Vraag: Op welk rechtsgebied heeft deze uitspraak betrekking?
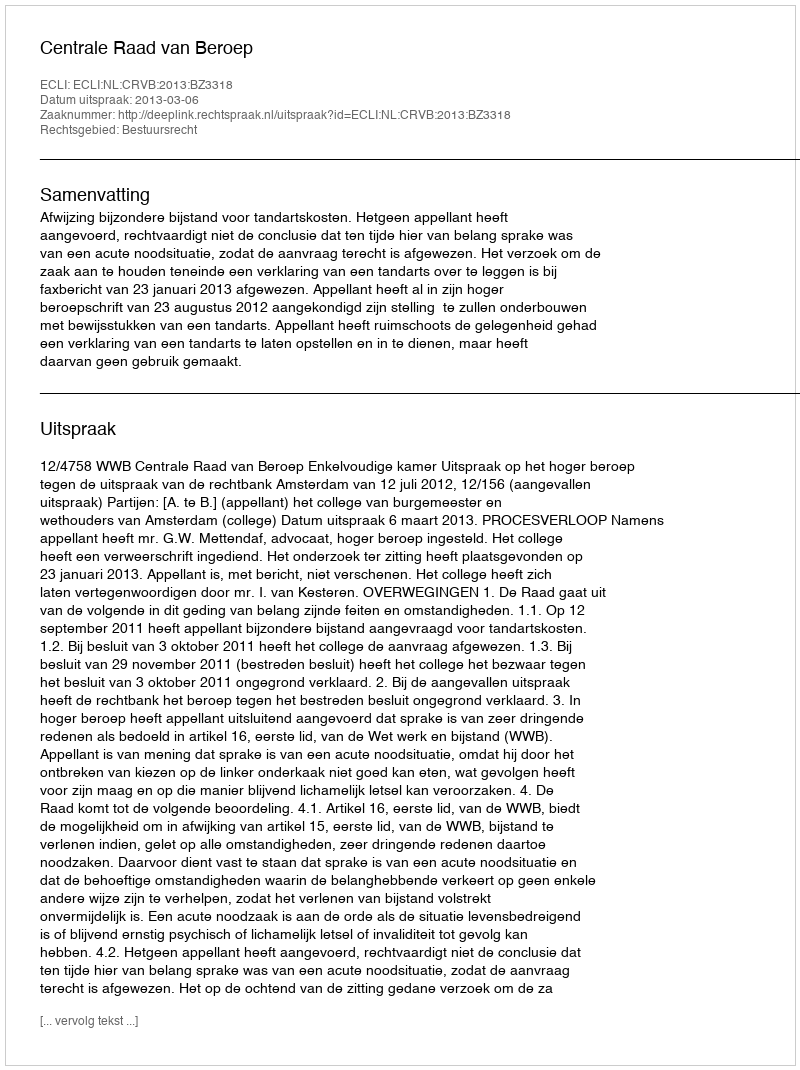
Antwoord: Bestuursrecht